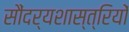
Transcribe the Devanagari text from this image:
सौंदर्यशास्त्रियों